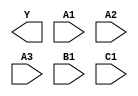
module sky130_fd_sc_hd__a311oi (
    Y ,
    A1,
    A2,
    A3,
    B1,
    C1
);

    output Y ;
    input  A1;
    input  A2;
    input  A3;
    input  B1;
    input  C1;

    // Voltage supply signals
    supply1 VPWR;
    supply0 VGND;
    supply1 VPB ;
    supply0 VNB ;

endmodule